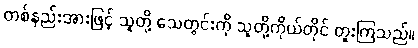
တစ်နည်းအားဖြင့် သူတို့ သေတွင်းကို သူတို့ကိုယ်တိုင် တူးကြသည်။